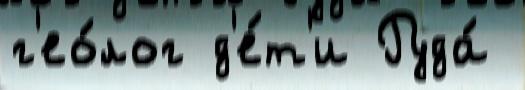
г'ео́лог д'е́т'и Руда́